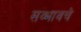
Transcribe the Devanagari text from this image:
सव्भावचे